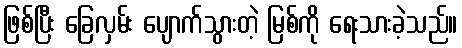
ဖြစ်ပြီး ခြေလှမ်း ပျောက်သွားတဲ့ မြစ်ကို ရေးသားခဲ့သည်။